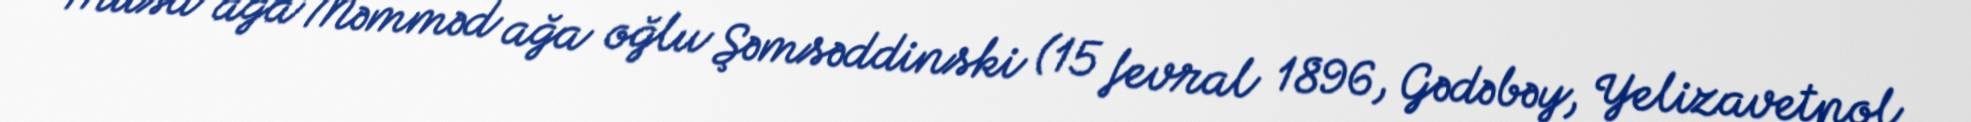
Musa ağa Məmməd ağa oğlu Şəmsəddinski (15 fevral 1896, Gədəbəy, Yelizavetpol